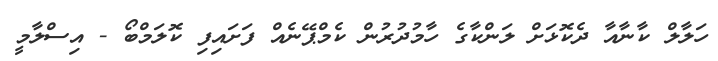
ހަލާލް ކާނާއާ ދެކޮޅަށް ލަންކާގެ ހާމުދުރުން ކެމްޕޭނެއް ފަށައިފި ކޮލަމްބޯ - އިސްލާމީ